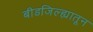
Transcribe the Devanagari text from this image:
बीडजिल्ह्यातून